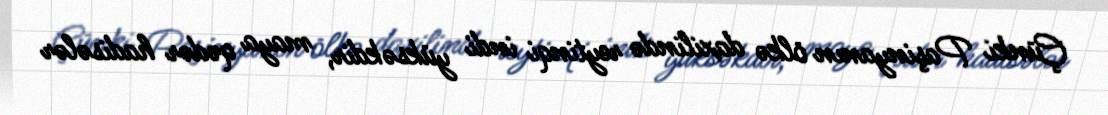
Çünki Paşinyanın ölkə daxilində reytinqi indi yüksəkdir, maya qədər hadisələr